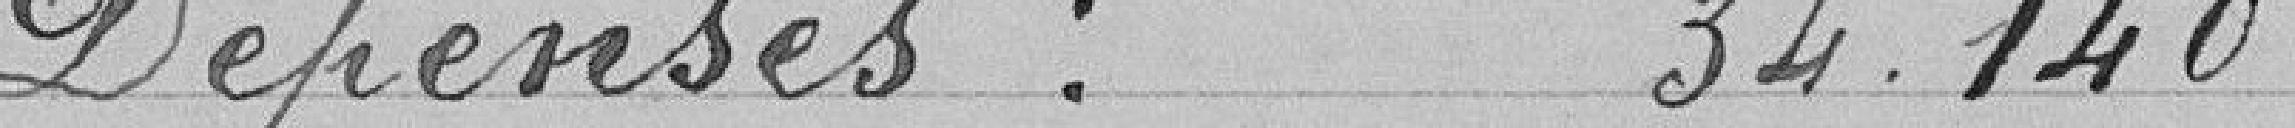
Dépenses : 34 140 francs